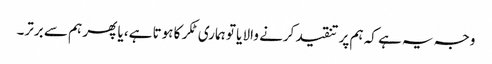
وجہ یہ ہے کہ ہم پر تنقید کرنے والا یا تو ہماری ٹکر کا ہوتا ہے، یا پھر ہم سے برتر۔